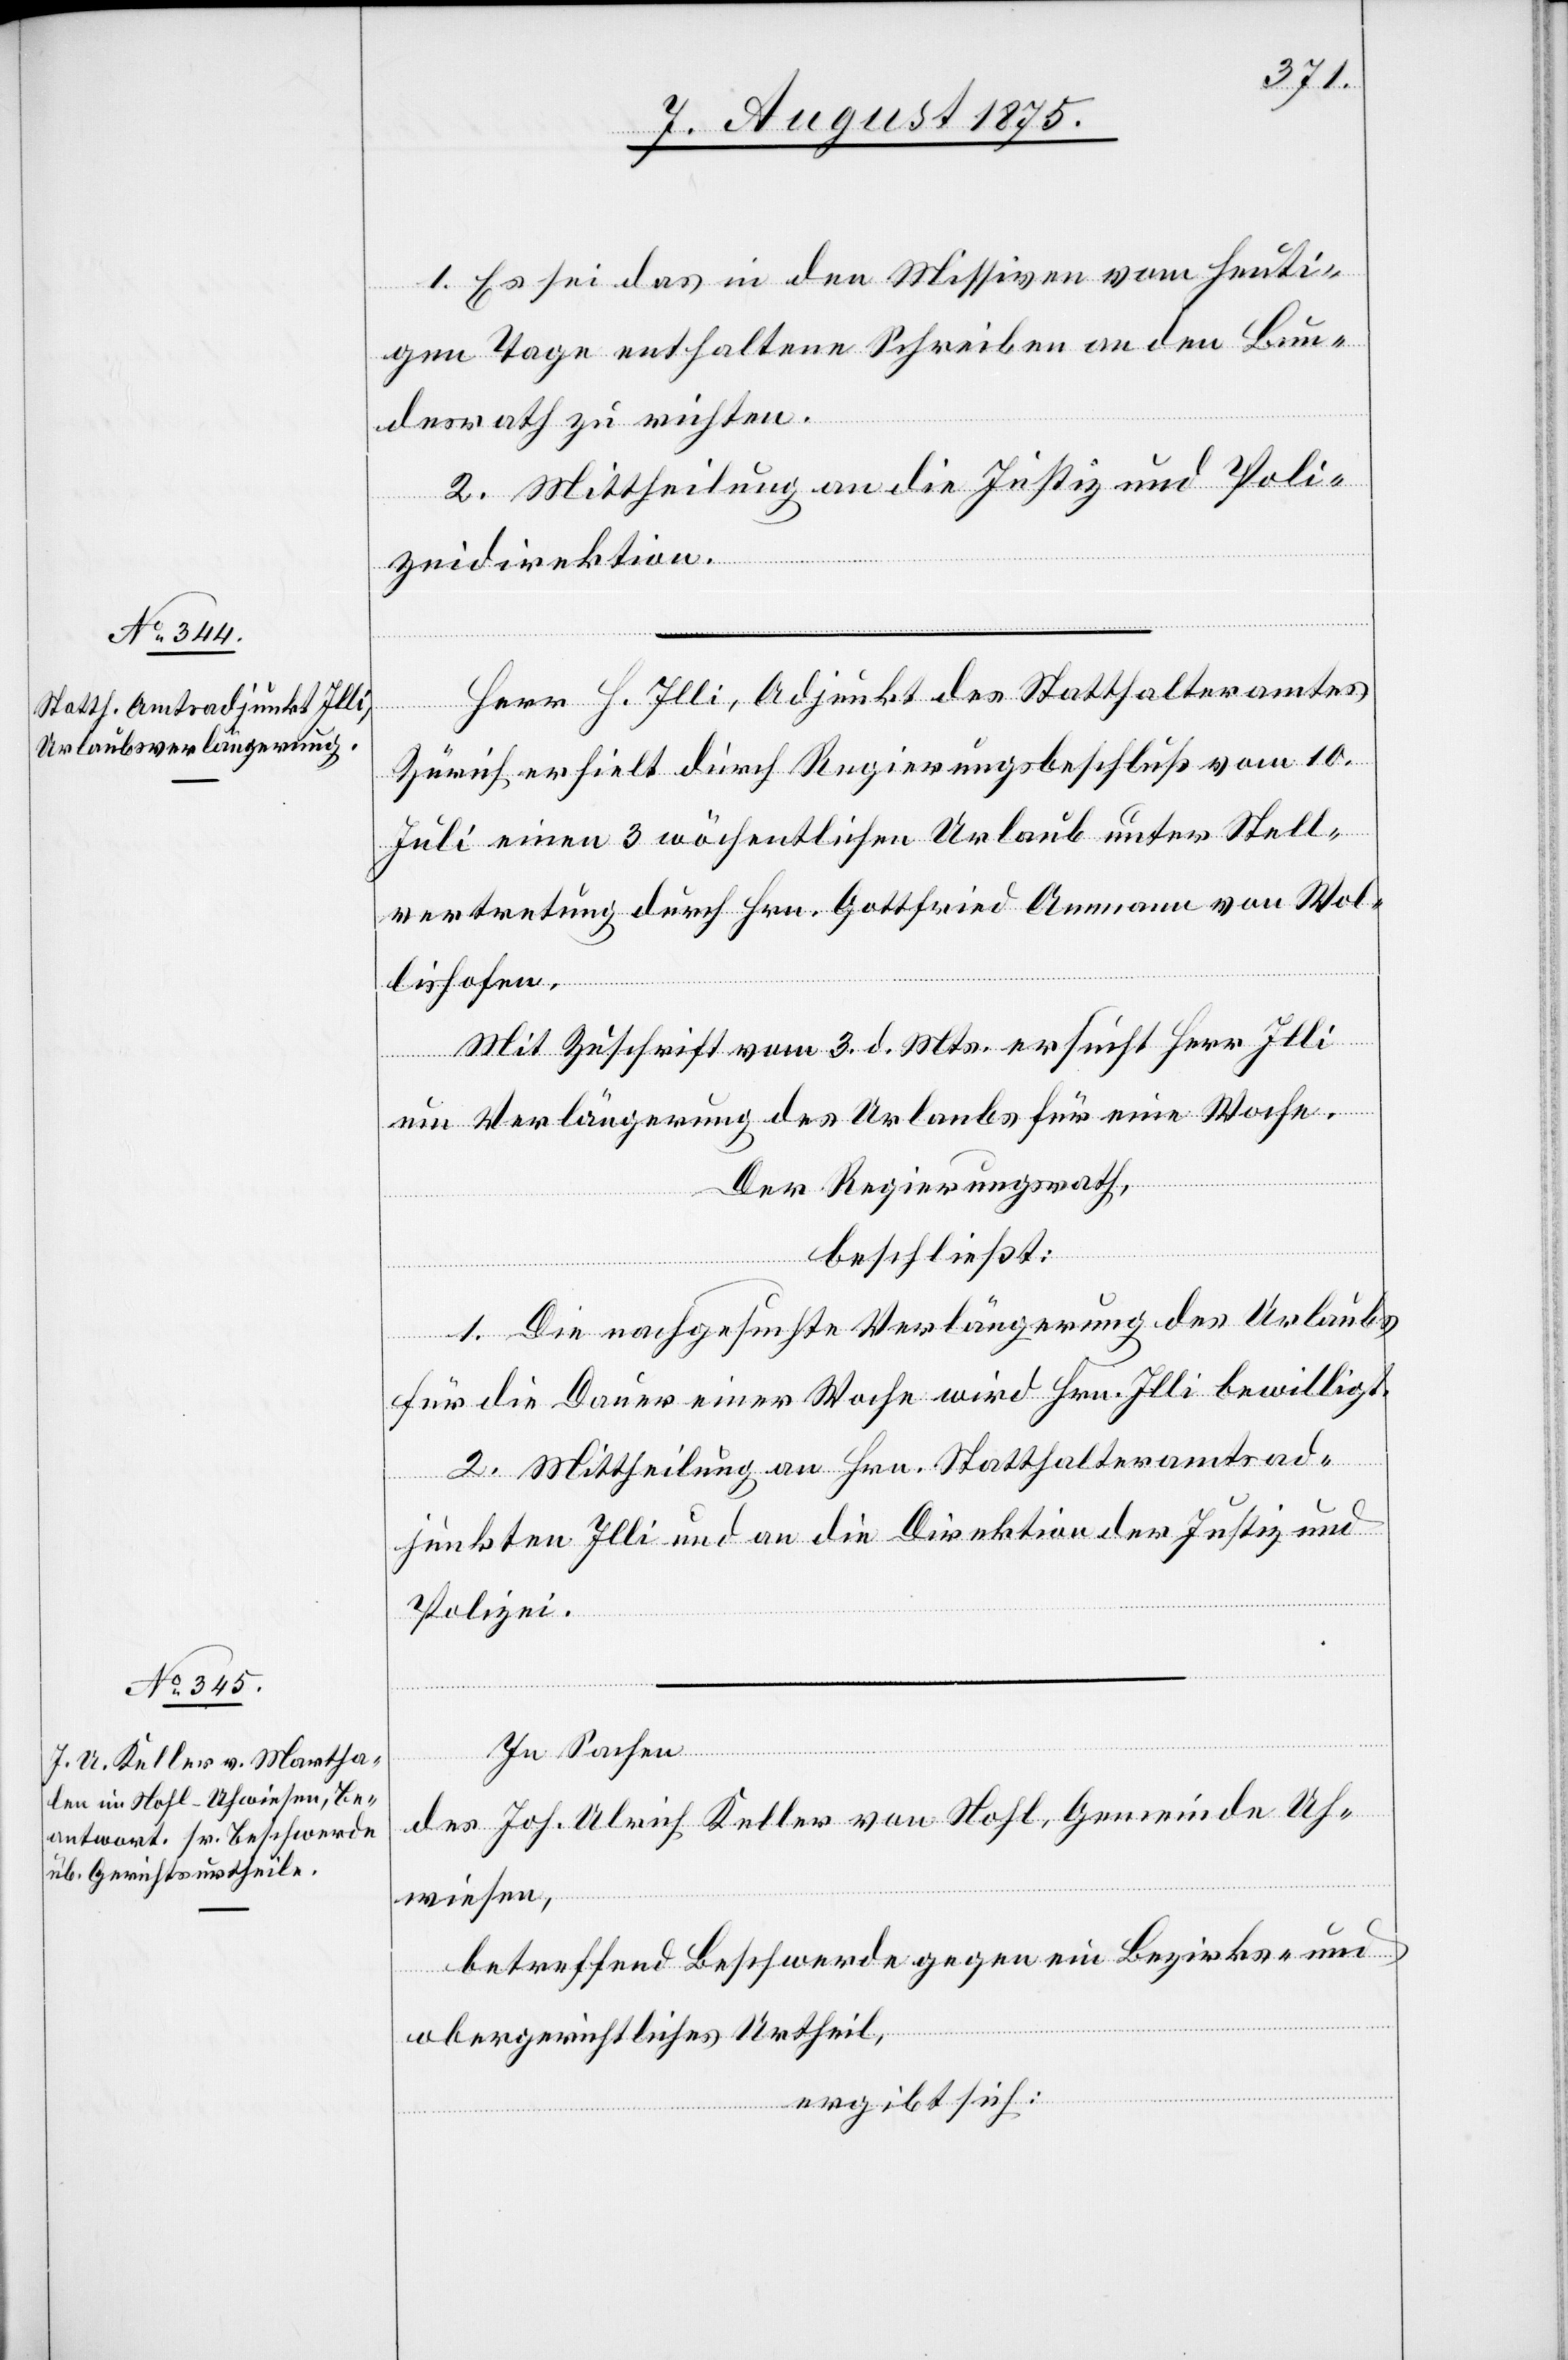
1. Es sei das in den Missiven vom heuti¬
gen Tage enthaltene Schreiben an den Bun¬
desrath zu richten.
2. Mittheilung an die Justiz- und Poli¬
zeidirektion.
Herr H. Illi, Adjunkt des Statthalteramtes
Zürich erhielt durch Regierungsbeschluß vom 10.
Juli einen 3 wöchentlichen Urlaub unter Stell¬
vertretung durch Hrn. Gottfried Ammann von Wol¬
lishofen.
Mit Zuschrift vom 3. d. Mts. ersucht Herr Illi
um Verlängerung des Urlaubs für eine Woche.
Der Regierungsrath,
beschließt:
1. Die nachgesuchte Verlängerung des Urlaubs
für die Dauer einer Woche wird Hrn. Illi bewilligt.
2. Mittheilung an Hrn. Statthalteramtsad¬
junkten Illi und an die Direktion der Justiz und
Polizei.
In Sachen
des Joh. Ulrich Keller von Hohl, Gemeinde Uh¬
wiesen,
betreffend Beschwerde gegen ein Bezirks- und
obergerichtliches Urtheil,
ergibt sich: